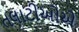
તલાટીઓએ